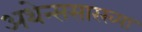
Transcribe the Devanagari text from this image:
अथेन्ससारख्या